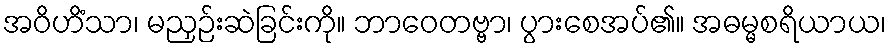
အဝိဟိံသာ၊ မညှဉ်းဆဲခြင်းကို။ ဘာဝေတဗ္ဗာ၊ ပွားစေအပ်၏။ အဓမ္မစရိယာယ၊